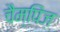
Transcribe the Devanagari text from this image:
चैम्पिंज़